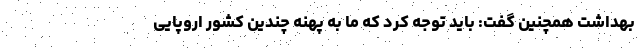
بهداشت همچنین گفت: باید توجه کرد که ما به پهنه چندین کشور اروپایی